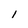
Character: I